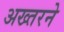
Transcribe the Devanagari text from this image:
अख्तरने